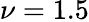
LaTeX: \nu=1.5